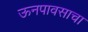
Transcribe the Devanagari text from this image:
ऊनपावसाचा